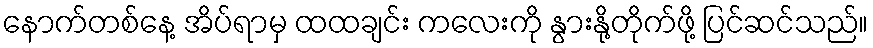
နောက်တစ်နေ့ အိပ်ရာမှ ထထချင်း ကလေးကို နွားနို့တိုက်ဖို့ ပြင်ဆင်သည်။